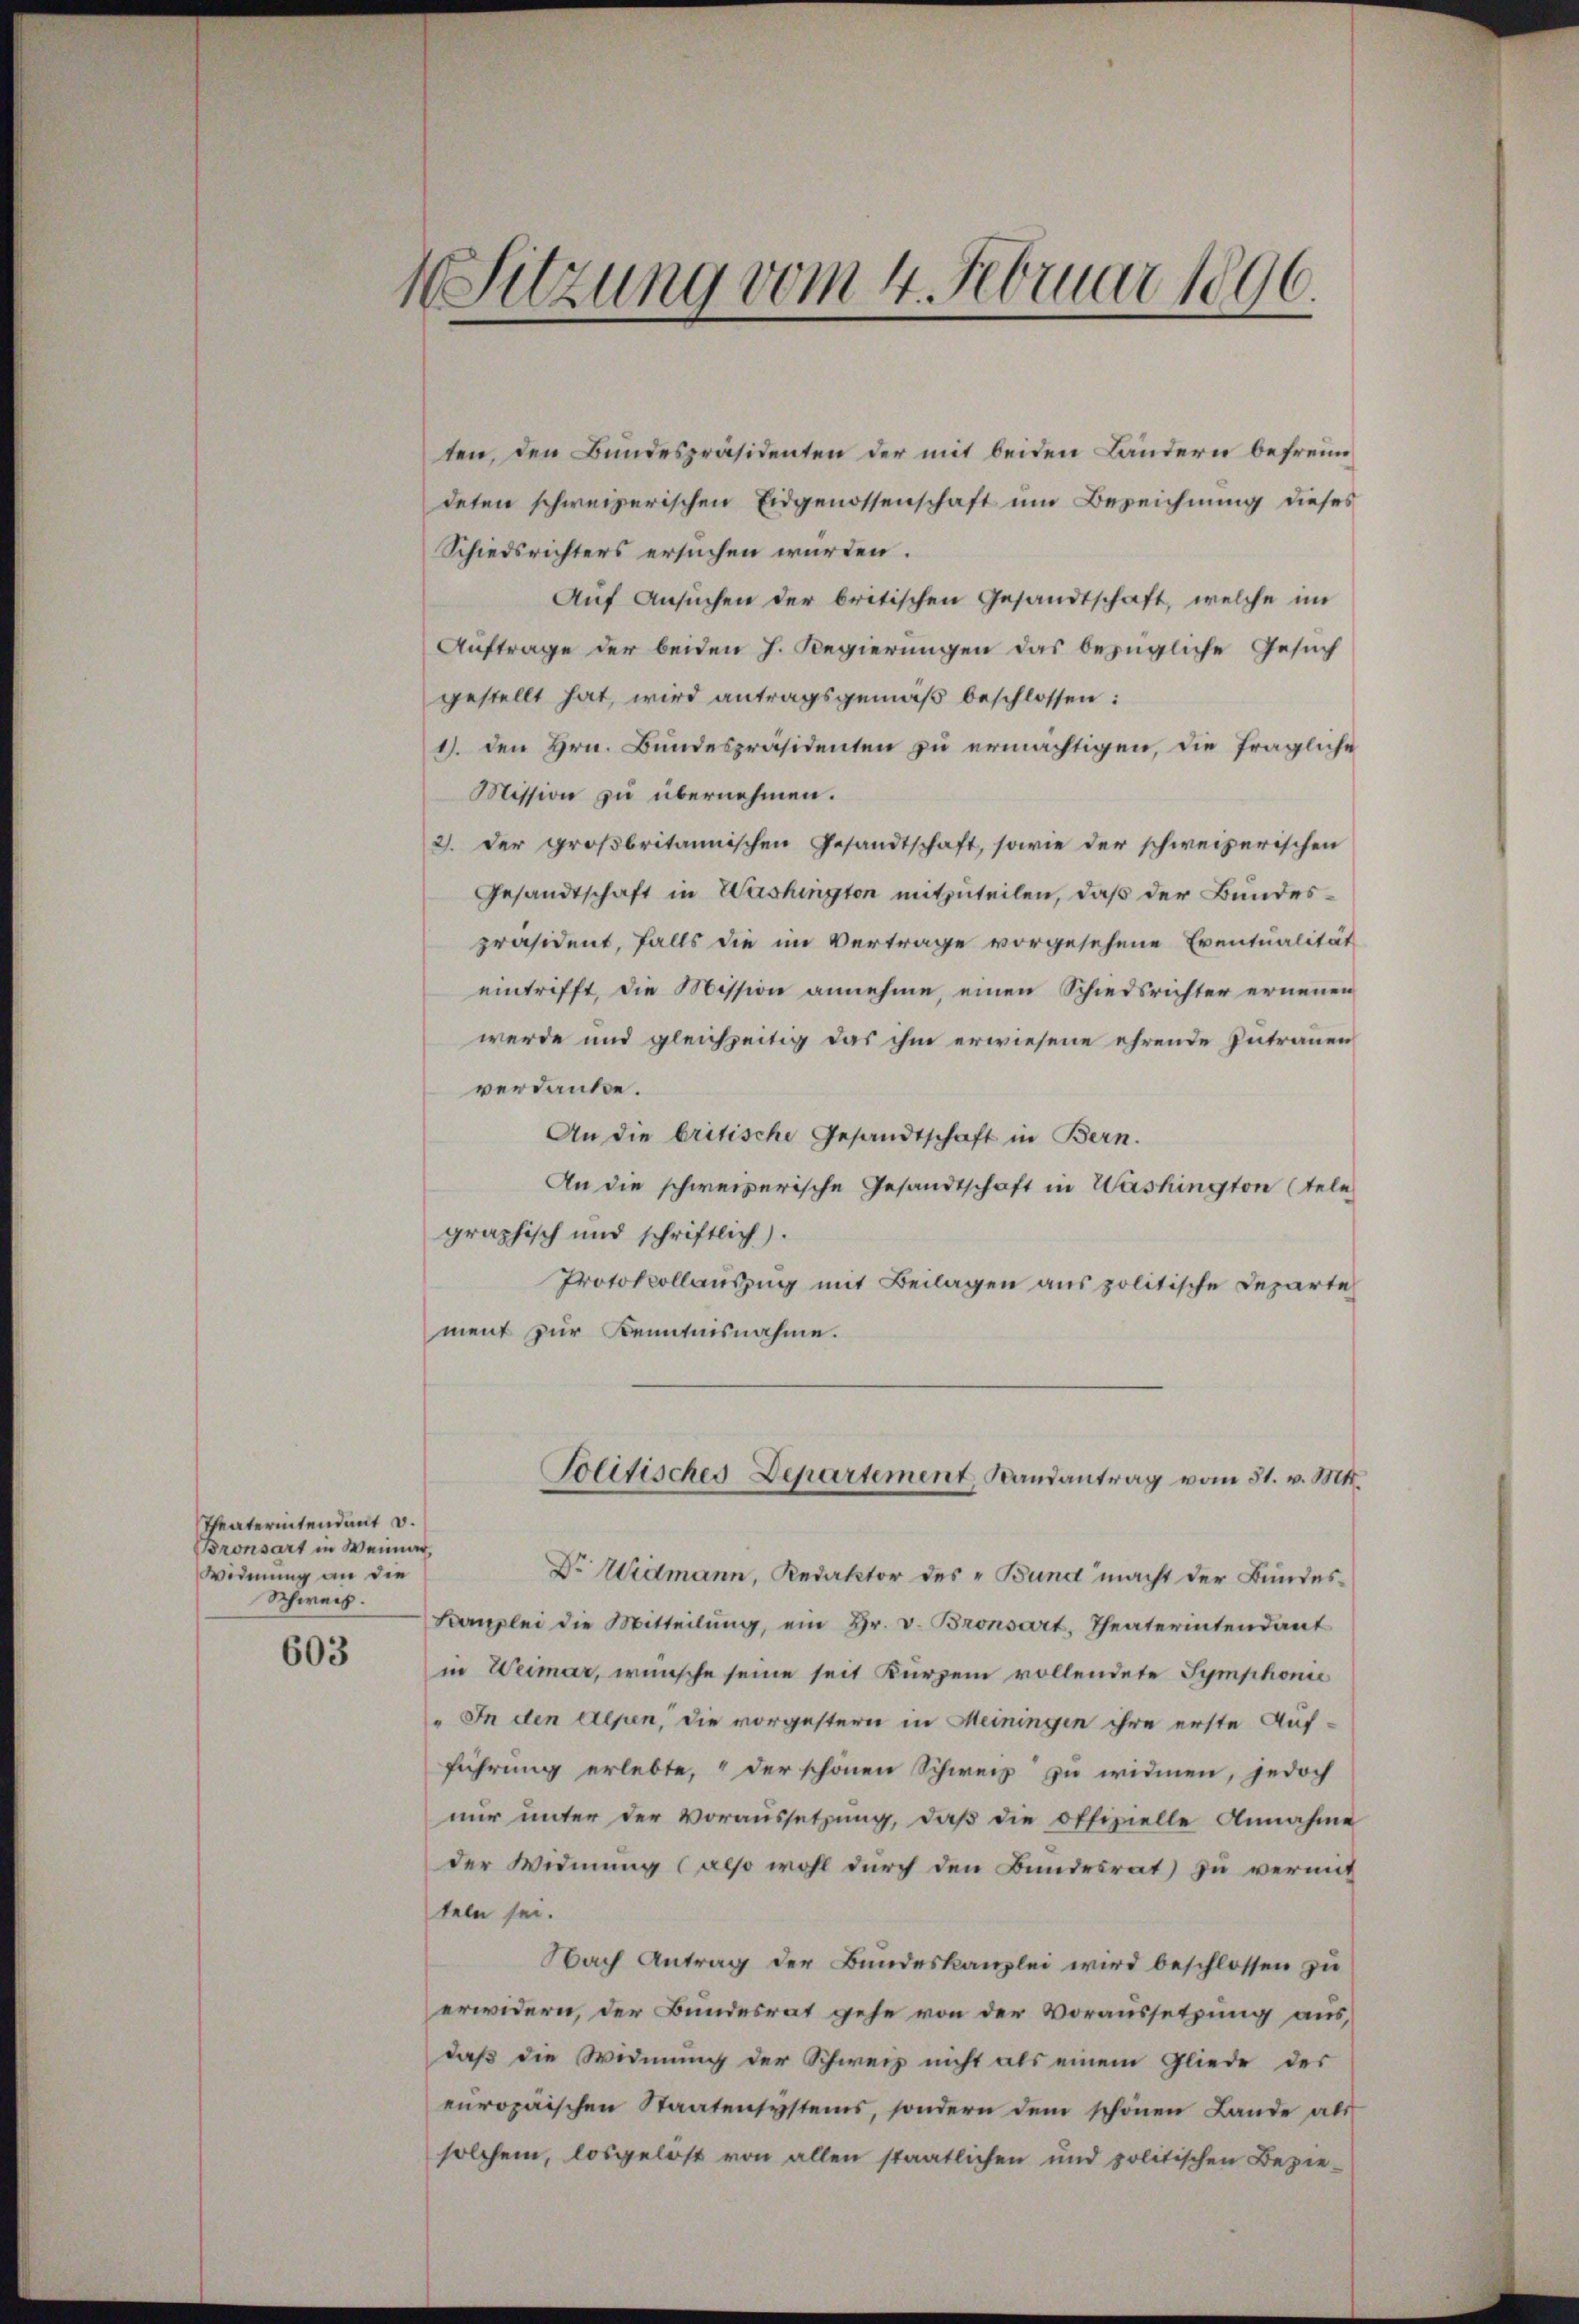
Theaterintendant v.
Bronsart in Weinar
Widmung an die
Schweiz.

603

4 Sitzung vom 4. Februar 1896.

ten, den Bundespräsidenten der mit beiden Ländern befreundeten schweizerischen Eidgenossenschaft um Bezeichnung dieses
Schiedsrichters ersuchen würden.
Auf Ansuchen der britischen Gesandtschaft, welche im
Auftrage der beiden h. Regierungen das bezügliche Gesuch
gestellt hat, wird antragsgemäß beschlossen:
1). Den Hrn. Bundespräsidenten zu ermächtigen, die fragliche
Mission zu übernehmen.
2. Der großbritannischen Gesandtschaft, sowie der schweizerischen
Gesandtschaft in Washington mitzuteilen, daß der Bundespräsident, falls die im Vertrage vorgesehene Eventualität
eintrifft, die Mission annehme, einen Schiedsrichter erneuen
werde und gleichzeitig das ihm erwiesene ehrende Zutrauen
verdanke.
An die britische Gesandtschaft in Bern.
An die schweizerische Gesandtschaft in Washington (tele
graphisch und schriftlich).
Protokollauszug mit Beilagen aus politische Departe
ment zur Kenntnisnahme.

Politisches Departement, Bandantrag vom 31. v. Mtt.

Dr Widmann, Redaktor des „Bund macht der Bundes¬
Komplei die Mitteilŭng, ein Hr. v. Bronsart, Theaterintendant
in Weimar, wünsche seine seit kurzem vollendete Symphonie
" In den Alpen, die vorgestern in Meiningen ihre erste Auf-
führung erlebte, der schönen Schweiz zu widmen, jedoch
nur unter der Voraussetzung, daβ die offizielle Annahme
der Widmung (also wohl durch den Bundesrat) zu vermit
teln sei.
Nach Antrag der Bundeskanzlei wird beschlossen zu
erwidern, der Bundesrat gehe von der Voraussetzung aus
daß die Widmung der Schweiz nicht als einem Gliede des
europaischen Staatensystems, sondern dem schönen Lande als
solchem, losgelost von allen staatlichen und politischen Bezie-